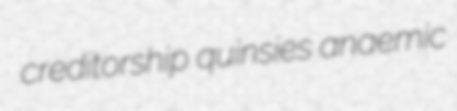
creditorship quinsies anaemic